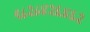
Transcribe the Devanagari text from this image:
९८२८४२६४६२